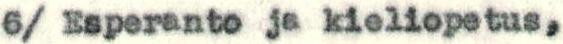
6/ Esperanto ja kieliopetus,